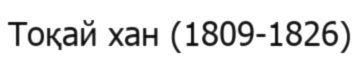
Тоқай хан (1809-1826)